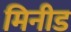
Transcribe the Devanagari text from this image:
मिनीड